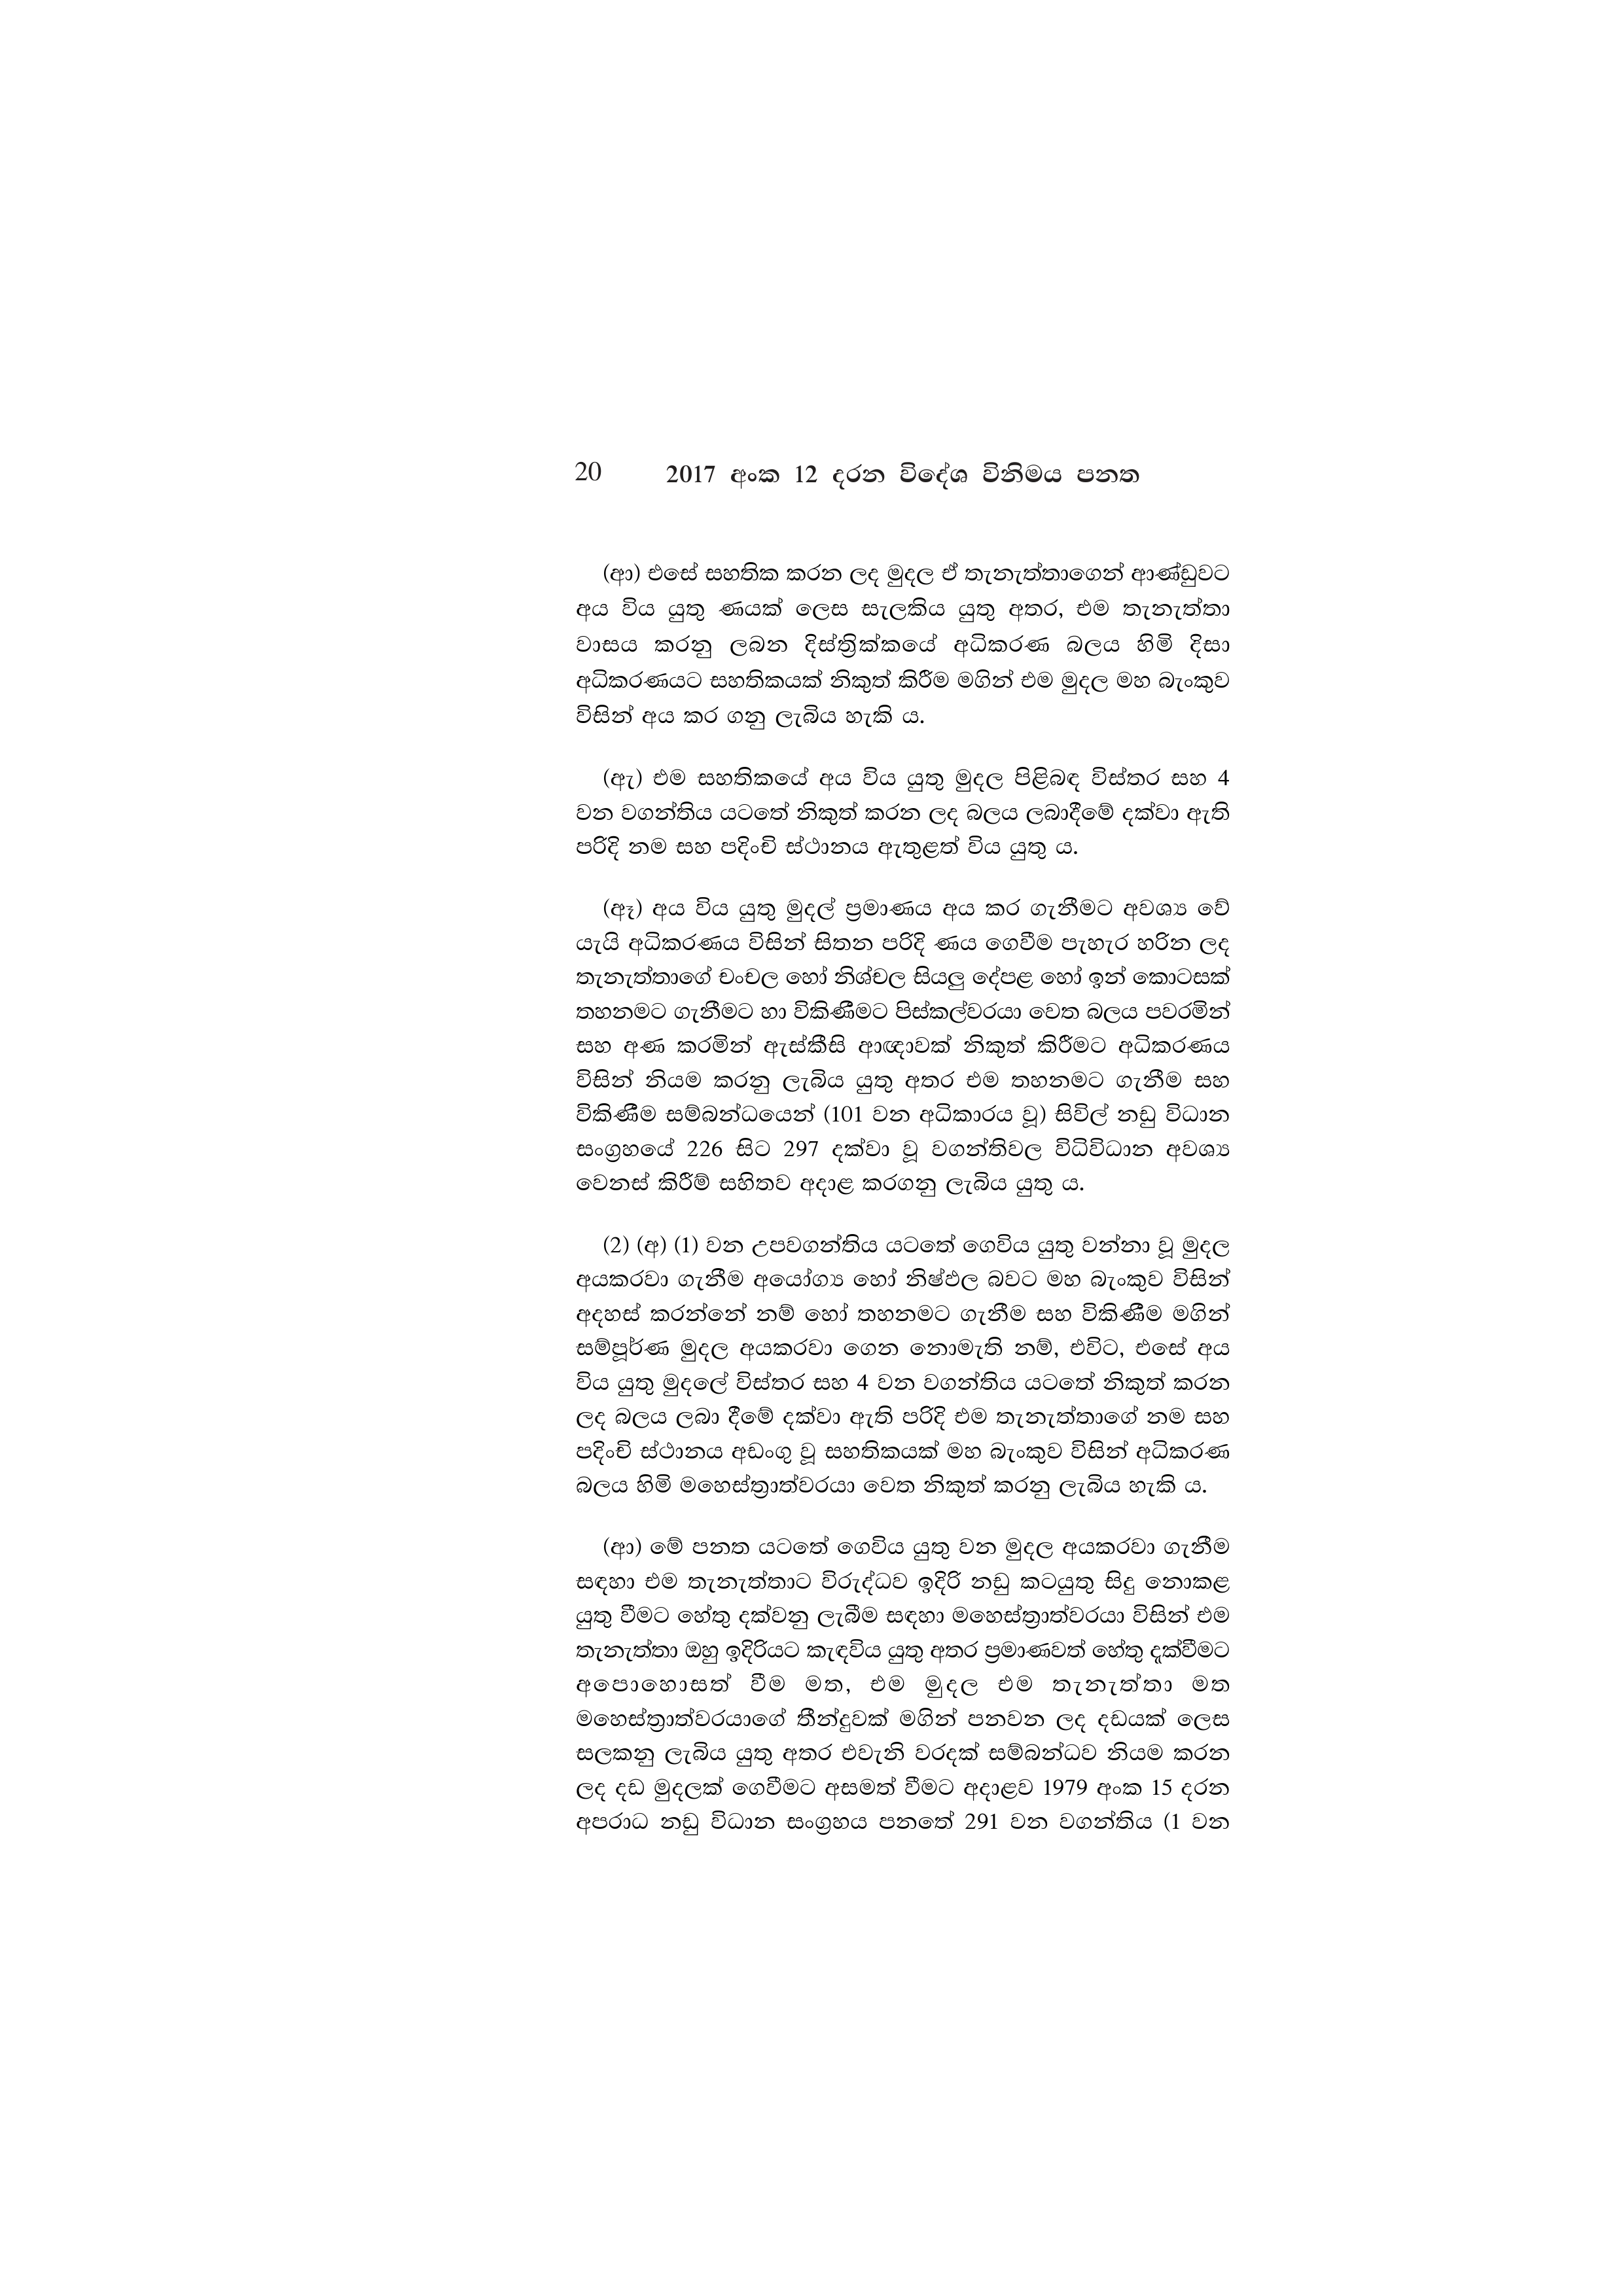
20 2017 අංක 12 දරන විදේශ විනිමය පනත

(ආ) එසේ සහතික කරන ලද මුදල ඒ තැනැත්තාගෙන් ආණ්ඩුවට
අය විය යුතු ණයක් ලෙස සැලකිය යුතු අතර, එම තැනැත්තා
වාසය කරනු ලබන දිස්ත්‍රික්කයේ අධිකරණ බලය හිමි දිසා
අධිකරණයට සහතිකයක් නිකුත් කිරීම මගින් එම මුදල මහ බැංකුව
විසින් අය කර ගනු ලැබිය හැකි ය.

(ඇ) එම සහතිකයේ අය විය යුතු මුදල පිළිබඳ විස්තර සහ 4
වන වගන්තිය යටතේ නිකුත් කරන ලද බලය ලබාදීමේ දක්වා ඇති
පරිදි නම සහ පදිංචි ස්ථානය ඇතුළත් විය යුතු ය.

(ඈ) අය විය යුතු මුදල් ප්‍රමාණය අය කර ගැනීමට අවශ්‍ය වේ
යැයි අධිකරණය විසින් සිතන පරිදි ණය ගෙවීම පැහැර හරින ලද
තැනැත්තාගේ චංචල හෝ නිශ්චල සියලු දේපළ හෝ ඉන් කොටසක්
තහනමට ගැනීමට හා විකිණීමට පිස්කල්වරයා වෙත බලය පවරමින්
සහ අණ කරමින් ඇස්කීසි ආඥාවක් නිකුත් කිරීමට අධිකරණය
විසින් නියම කරනු ලැබිය යුතු අතර එම තහනමට ගැනීම සහ
විකිණීම සම්බන්ධයෙන් (101 වන අධිකාරය වූ) සිවිල් නඩු විධාන
සංග්‍රහයේ 226 සිට 297 දක්වා වූ වගන්තිවල විධිවිධාන අවශ්‍ය
වෙනස් කිරීම් සහිතව අදාළ කරගනු ලැබිය යුතු ය.

(2) (අ) (1) වන උපවගන්තිය යටතේ ගෙවිය යුතු වන්නා වූ මුදල
අයකරවා ගැනීම අයෝග්‍ය හෝ නිෂ්ඵල බවට මහ බැංකුව විසින්
අදහස් කරන්නේ නම් හෝ තහනමට ගැනීම සහ විකිණීම මගින්
සම්පූර්ණ මුදල අයකරවා ගෙන නොමැති නම්, එවිට, එසේ අය
විය යුතු මුදලේ විස්තර සහ 4 වන වගන්තිය යටතේ නිකුත් කරන
ලද බලය ලබා දීමේ දක්වා ඇති පරිදි එම තැනැත්තාගේ නම සහ
පදිංචි ස්ථානය අඩංගු වූ සහතිකයක් මහ බැංකුව විසින් අධිකරණ
බලය හිමි මහෙස්ත්‍රාත්වරයා වෙත නිකුත් කරනු ලැබිය හැකි ය.

(ආ) මේ පනත යටතේ ගෙවිය යුතු වන මුදල අයකරවා ගැනීම
සඳහා එම තැනැත්තාට විරුද්ධව ඉදිරි නඩු කටයුතු සිදු නොකළ
යුතු වීමට හේතු දක්වනු ලැබීම සඳහා මහෙස්ත්‍රාත්වරයා විසින් එම
තැනැත්තා ඔහු ඉදිරියට කැඳවිය යුතු අතර ප්‍රමාණවත් හේතු දැක්වීමට
අපොහොසත් වීම මත, එම මුදල එම තැනැත්තා මත
මහෙස්ත්‍රාත්වරයාගේ තීන්දුවක් මගින් පනවන ලද දඩයක් ලෙස
සලකනු ලැබිය යුතු අතර එවැනි වරදක් සම්බන්ධව නියම කරන
ලද දඩ මුදලක් ගෙවීමට අසමත් වීමට අදාළව 1979 අංක 15 දරන
අපරාධ නඩු විධාන සංග්‍රහය පනතේ 291 වන වගන්තිය (1 වන